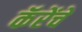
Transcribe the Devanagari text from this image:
कॅरेंचे